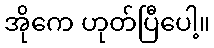
အိုကေ ဟုတ်ပြီပေါ့။